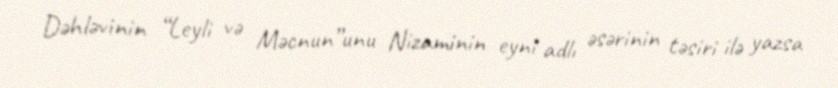
Dəhləvinin “Leyli və Məcnun”unu Nizaminin eyni adlı əsərinin təsiri ilə yazsa